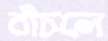
বাঁচলে